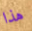
هذا